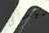
سيدنى